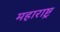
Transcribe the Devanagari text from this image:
महाराष्ट्र